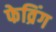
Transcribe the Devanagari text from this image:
फेव्रिंग